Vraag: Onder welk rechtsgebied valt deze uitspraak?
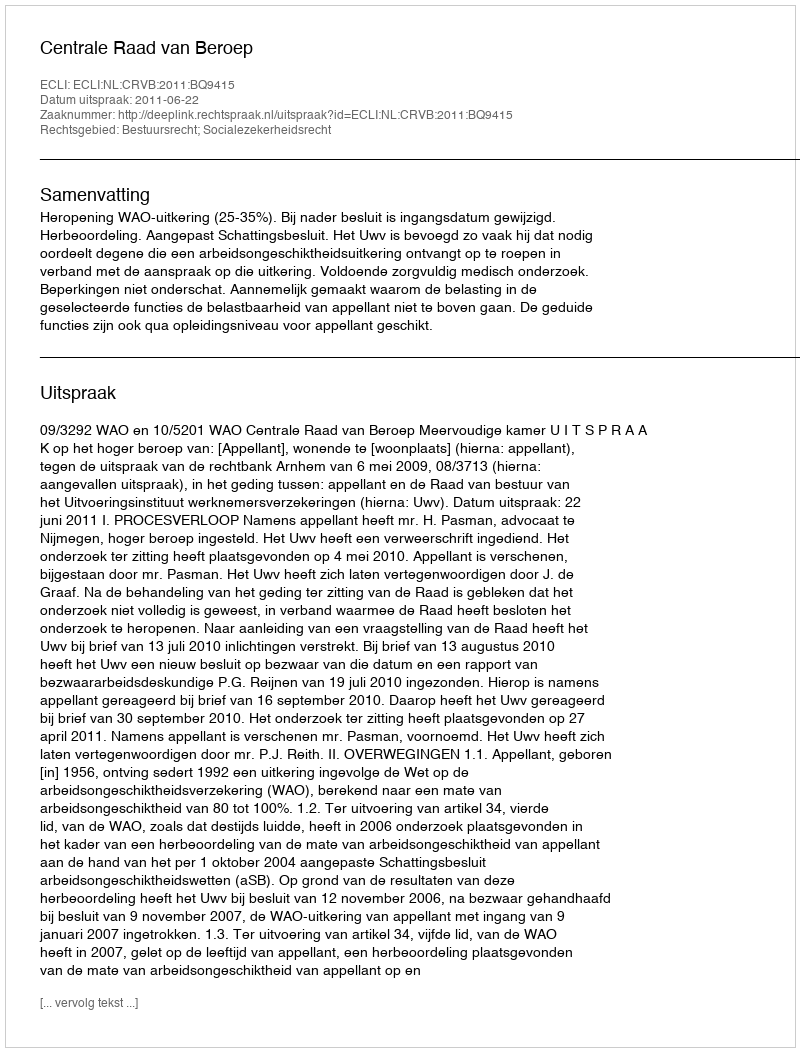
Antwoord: Bestuursrecht; Socialezekerheidsrecht